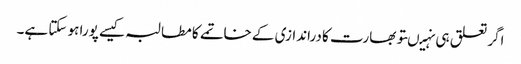
اگر تعلق ہی نہیںتو بھارت کا دراندازی کے خاتمے کا مطالبہ کیسے پورا ہو سکتا ہے۔